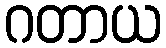
ဂတာယ